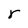
Character: r